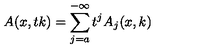
A ( x , t k ) = \sum _ { j = a } ^ { - \infty } t ^ { j } A _ { j } ( x , k )